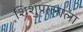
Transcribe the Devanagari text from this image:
शिशुपालाला